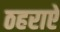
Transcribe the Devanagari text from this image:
ठहराऐ